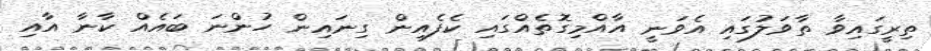
ތިރީގައިވާ ތާވަލުގައި އެވަނީ އާއްމިގޮތެއްގައި ކެފެއިން ގިނައިން ހުންނަ ބައެއް ކާނާ އާއި